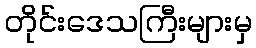
တိုင်းဒေသကြီးများမှ